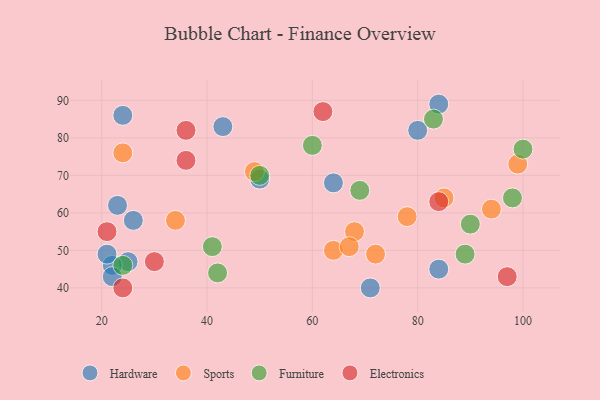
{"axis": {"x": "GDP", "y": "Life Expectancy"}, "legend": ["Electronics", "Furniture", "Hardware", "Sports"], "data": [{"x": "25", "y": 47, "type": "Hardware"}, {"x": "80", "y": 82, "type": "Hardware"}, {"x": "50", "y": 69, "type": "Hardware"}, {"x": "84", "y": 89, "type": "Hardware"}, {"x": "24", "y": 86, "type": "Hardware"}, {"x": "64", "y": 68, "type": "Hardware"}, {"x": "22", "y": 46, "type": "Hardware"}, {"x": "71", "y": 40, "type": "Hardware"}, {"x": "43", "y": 83, "type": "Hardware"}, {"x": "26", "y": 58, "type": "Hardware"}, {"x": "23", "y": 62, "type": "Hardware"}, {"x": "21", "y": 49, "type": "Hardware"}, {"x": "22", "y": 43, "type": "Hardware"}, {"x": "84", "y": 45, "type": "Hardware"}, {"x": "85", "y": 64, "type": "Sports"}, {"x": "49", "y": 71, "type": "Sports"}, {"x": "99", "y": 73, "type": "Sports"}, {"x": "68", "y": 55, "type": "Sports"}, {"x": "64", "y": 50, "type": "Sports"}, {"x": "94", "y": 61, "type": "Sports"}, {"x": "34", "y": 58, "type": "Sports"}, {"x": "67", "y": 51, "type": "Sports"}, {"x": "24", "y": 76, "type": "Sports"}, {"x": "78", "y": 59, "type": "Sports"}, {"x": "72", "y": 49, "type": "Sports"}, {"x": "50", "y": 70, "type": "Furniture"}, {"x": "42", "y": 44, "type": "Furniture"}, {"x": "60", "y": 78, "type": "Furniture"}, {"x": "89", "y": 49, "type": "Furniture"}, {"x": "83", "y": 85, "type": "Furniture"}, {"x": "69", "y": 66, "type": "Furniture"}, {"x": "24", "y": 46, "type": "Furniture"}, {"x": "98", "y": 64, "type": "Furniture"}, {"x": "41", "y": 51, "type": "Furniture"}, {"x": "90", "y": 57, "type": "Furniture"}, {"x": "100", "y": 77, "type": "Furniture"}, {"x": "24", "y": 40, "type": "Electronics"}, {"x": "21", "y": 55, "type": "Electronics"}, {"x": "30", "y": 47, "type": "Electronics"}, {"x": "36", "y": 82, "type": "Electronics"}, {"x": "62", "y": 87, "type": "Electronics"}, {"x": "84", "y": 63, "type": "Electronics"}, {"x": "36", "y": 74, "type": "Electronics"}, {"x": "97", "y": 43, "type": "Electronics"}]}